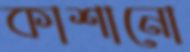
কাশানো